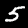
Label: 5